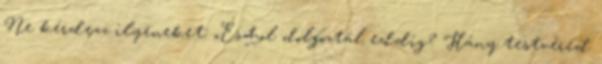
Ne kérdezz ilyeneket: „És hol dolgoztál eddig? Hány testvéred